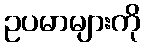
ဥပမာများကို